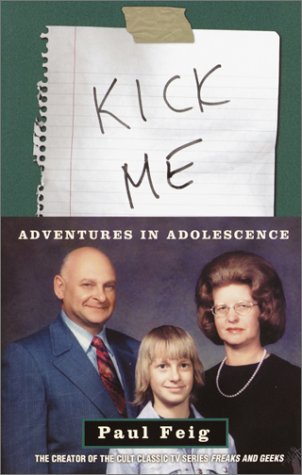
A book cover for Kick Me: Adventures in Adolescence; Paul Feig; Parenting & Relationships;